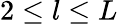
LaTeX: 2\le l\le L